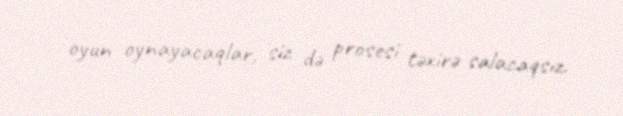
oyun oynayacaqlar, siz də prosesi təxirə salacaqsız.